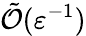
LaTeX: \tilde{\mathcal{O}}(\varepsilon^{-1})